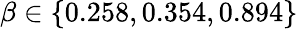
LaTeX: \beta\in\{ 0.258,0.354,0.894\}